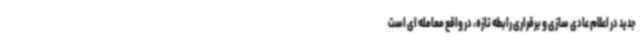
جدید در اعلام عادی سازی و برقراری رابطه تازه، در واقع معامله ای است